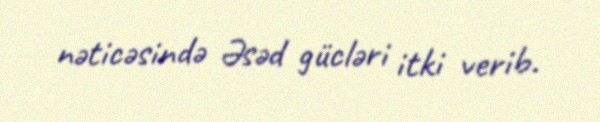
nəticəsində Əsəd gücləri itki verib.